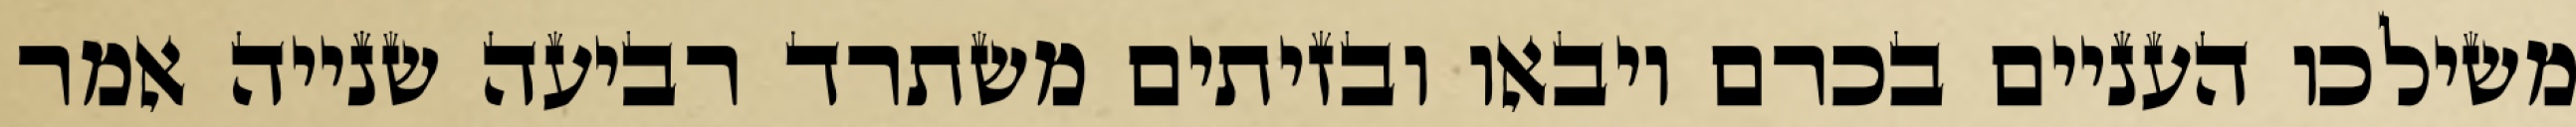
משילכו העניים בכרם ויבאו ובזיתים משתרד רביעה שנייה אמר